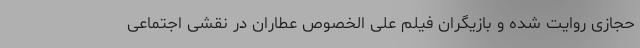
حجازی روایت شده و بازیگران فیلم علی الخصوص عطاران در نقشی اجتماعی